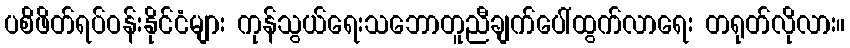
ပစိဖိတ်ရပ်ဝန်းနိုင်ငံများ ကုန်သွယ်ရေးသဘောတူညီချက်ပေါ်ထွက်လာရေး တရုတ်လိုလား။